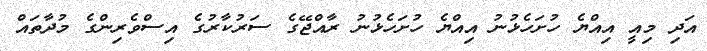
އަދި މިއީ އިއްޔެ ހުށަހެޅުނު އިއްޔެ ހުށަހެޅުނު ރާއްޖޭގެ ސަރުކާރުގެ އިސްވެރިންގެ މުދާތައް